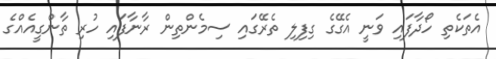
އެތަކެތި ހޯދާފައި ވަނީ އެގޭގެ ގިފިލި ތެރޭގައި ސިމެންތިން ރާނާފައި ހުރި ތާންގީއެއްގެ